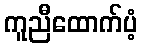
ကူညီထောက်ပံ့